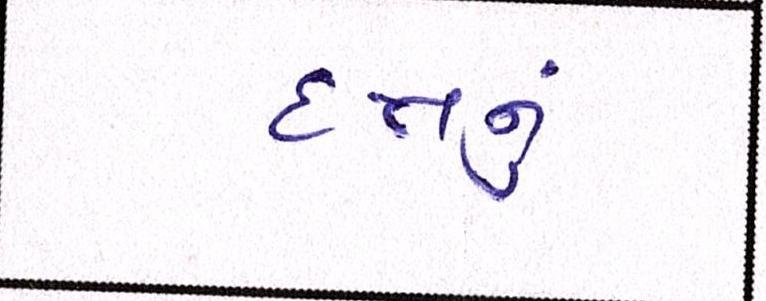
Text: દત્તનું